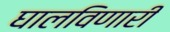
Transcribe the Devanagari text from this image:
घालविणारी